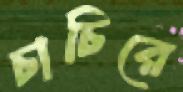
চাচিরে